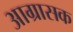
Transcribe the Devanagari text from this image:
आग्रासक